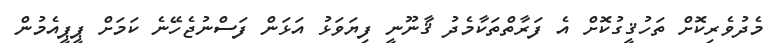
މެދުވެރިކޮށް ތަހުޤީގުކޮށް އެ ފަރާތްތަކާމެދު ޤާނޫނީ ފިޔަވަޅު އަޅަން ފަސްނުޖެހޭނެ ކަމަށް ޕީޕީއެމުން